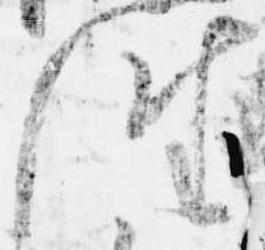
往